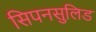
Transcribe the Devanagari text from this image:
सिपनसुलिड